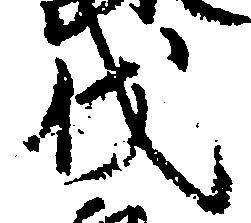
伐